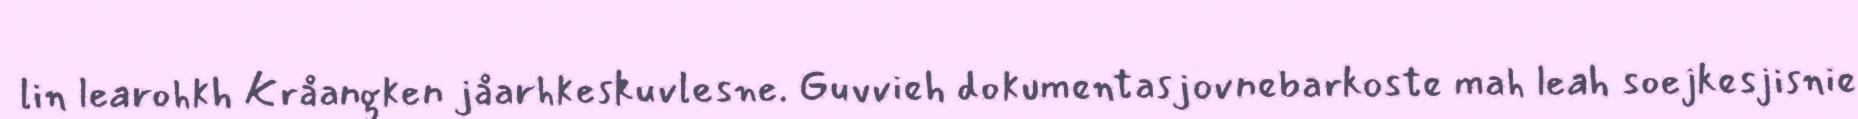
lin learohkh Kråangken jåarhkeskuvlesne. Guvvieh dokumentasjovnebarkoste mah leah soejkesjisnie